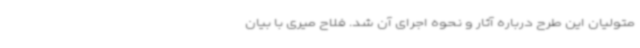
متولیان این طرح درباره آثار و نحوه اجرای آن شد. فلاح میری با بیان